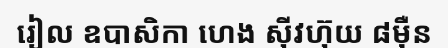
រៀល ឧបាសិកា ហេង ស៊ីវហ៊ុយ ៨ម៉ឺន